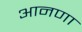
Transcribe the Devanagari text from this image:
आनणा